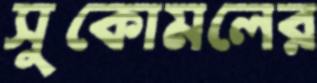
সুকোমলের